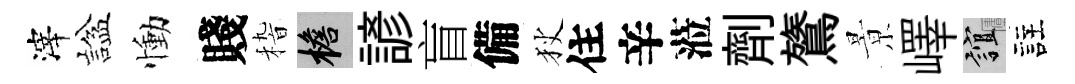
滓諡慟賤𥟵檐諺盲備狄住辛蒞劑鷟㬌嶧誼註